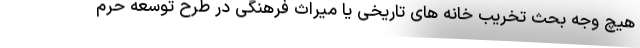
هیچ وجه بحث تخریب خانه های تاریخی یا میراث فرهنگی در طرح توسعه حرم